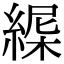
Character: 𦂋